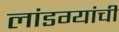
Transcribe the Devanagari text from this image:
लांडग्यांची